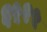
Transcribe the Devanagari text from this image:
६५२५